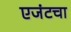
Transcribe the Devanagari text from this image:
एजंटचा